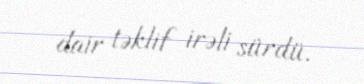
dair təklif irəli sürdü.